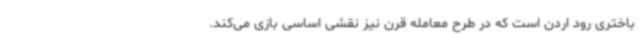
باختری رود اردن است که در طرح معامله قرن نیز نقشی اساسی بازی می‌کند.